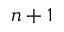
n + 1